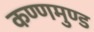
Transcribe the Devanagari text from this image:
कण्णमुण्ड